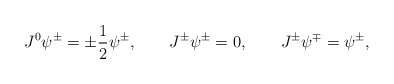
\begin{align*}J^0 \psi^\pm = \pm\frac12 \psi^\pm, \qquad J^\pm \psi^\pm = 0, \qquad J^\pm \psi^\mp = \psi^\pm,\end{align*}